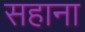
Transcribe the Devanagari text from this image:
सहाना